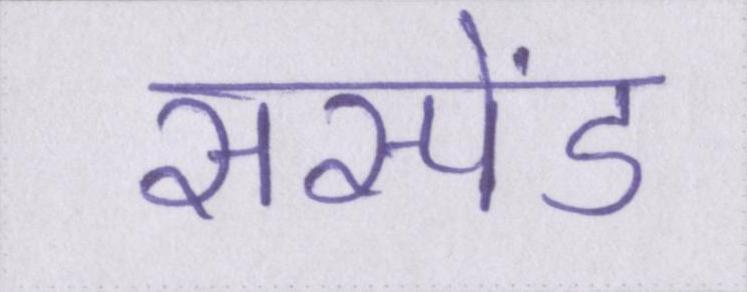
सस्पेंड